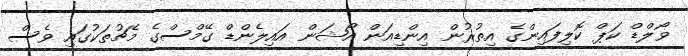
ވޯލްޑް ކަޕް ކޮލިފައިންގެ އިތުރުން އިންޑިއަން އޯޝަން އައިލެންޑް ގޭމްސްގެ މެޗުތަކުގައި ވެސް